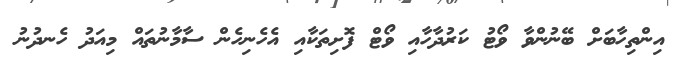
އިންތިހާބަށް ބޭނުންވާ ވޯޓު ކަރުދާހާއި ވޯޓް ފޮށިތަކާއި އެހެނިހެން ސާމާނުތައް މިއަދު ހެނދުނު